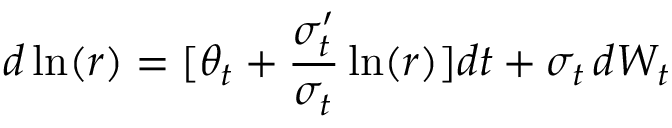
d \ln ( r ) = [ \theta _ { t } + { \frac { \sigma _ { t } ^ { \prime } } { \sigma _ { t } } } \ln ( r ) ] d t + \sigma _ { t } \, d W _ { t }